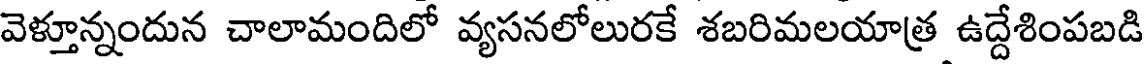
వెళ్తూన్నందున చాలామందిలో వ్యసనలోలురకే శబరిమలయాత్ర ఉద్దేశింపబడి